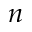
\boldsymbol { n }